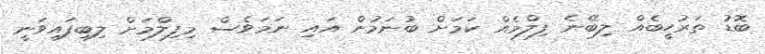
ބޮޑު ތަރުހީބެއް ލިބޭނެ ފިލްމެއް ކަމަށް ބުނަމުން އައި ނަމަވެސް މިފިލްމަށް ލިބިފައިވަނީ